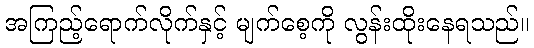
အကြည့်ရောက်လိုက်နှင့် မျက်စေ့ကို လွန်းထိုးနေရသည်။